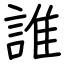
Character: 誰